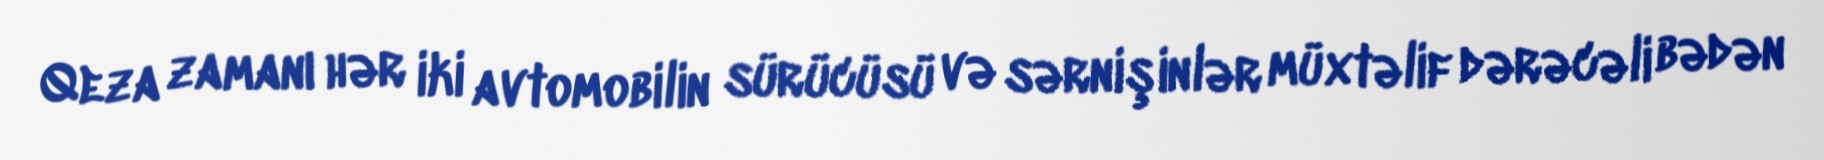
Qeza zamanı hər iki avtomobilin sürücüsü və sərnişinlər müxtəlif dərəcəli bədən